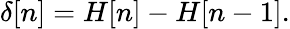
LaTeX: \delta[n]=H[n]-H[n-1].